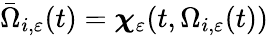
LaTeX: \bar{\Omega}_{i,\varepsilon}(t)=\boldsymbol{\chi}_{\varepsilon}(t,\Omega_{i,\varepsilon}(t))